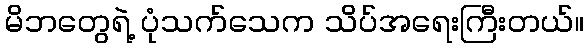
မိဘတွေရဲ့ ပုံသက်သေက သိပ်အရေးကြီးတယ်။